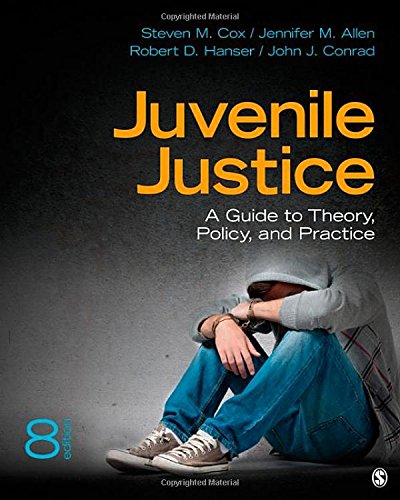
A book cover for Juvenile Justice: A Guide to Theory, Policy, and Practice; Steven M. Cox; Law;